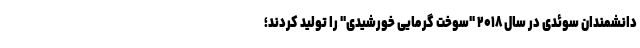
دانشمندان سوئدی در سال ۲۰۱۸ "سوخت گرمایی خورشیدی" را تولید کردند؛